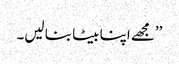
’’مجھے اپنا بیٹا بنا لیں۔